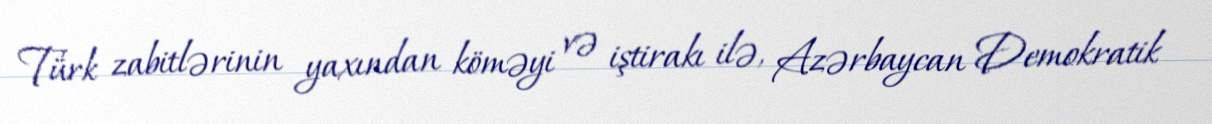
Türk zabitlərinin yaxından köməyi və iştirakı ilə, Azərbaycan Demokratik